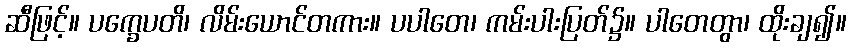
ဆီဖြင့်။ ပက္ခေပတိ၊ လိမ်းယောင်တကား။ ပပါတေ၊ ကမ်းပါးပြတ်၌။ ပါတေတွာ၊ ထိုးချ၍။